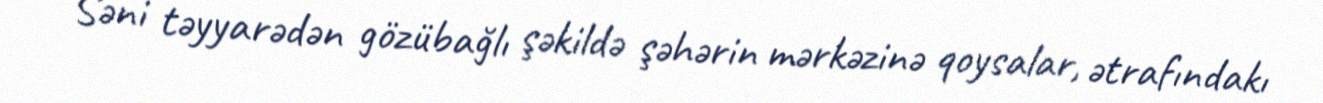
Səni təyyarədən gözübağlı şəkildə şəhərin mərkəzinə qoysalar, ətrafındakı